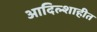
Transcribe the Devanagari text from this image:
आदिल्शाहीत